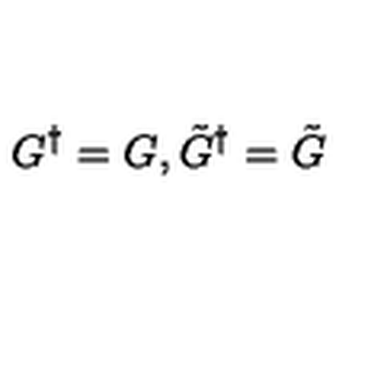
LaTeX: G ^ { \dagger } = G , \tilde { G } ^ { \dagger } = \tilde { G }